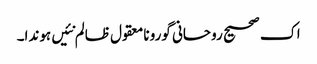
اک صحیح روحانی گورو نامعقول ظالم نئیں ہوندا۔